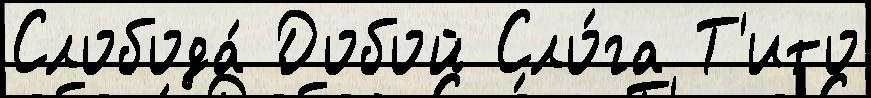
Слобода́ Добой Сло́га Т'ито